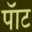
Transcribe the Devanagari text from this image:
पॅाट